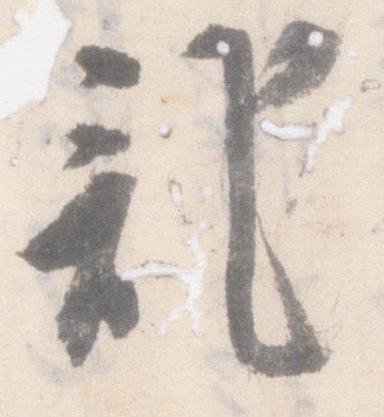
記